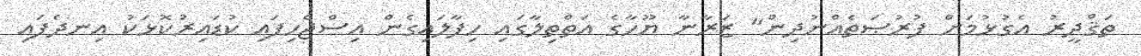
ތަޤްދީރު އެގުޅުމަށް ފުރުޞަތެއްނުދިން" ޒަރާނާ ޔޫހާގެ އަތްތިލާގައި ހިފާލައިގެން އިސްޖެހިފައި ކުޑައިރުކޮޅަކު އިނދެފައި